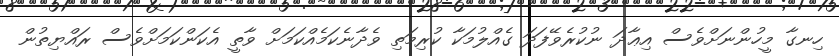
ހިނގާ މީހުންނަށްވެސް އިޢާދަ ނުކުރެވޭފަދަ ގެއްލުމަކާ ކުރިމަތި ވެދާނެކަމެއްކަމަށް ވާތީ އެކަންކަމަށްވެސް ރައްޔިތުން